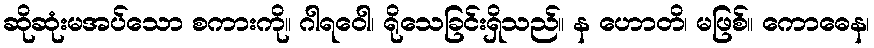
ဆိုဆုံးမအပ်သော စကားကို။ ဂါရဝေါ၊ ရိုသေခြင်းရှိသည်။ န ဟောတိ၊ မဖြစ်။ ကောဓေန၊